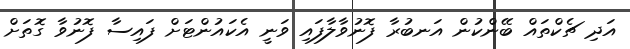
އަދި ޗެކްތައް ބޭންކުން އަނބުރާ ފޮނުވާލާފައި ވަނީ އެކައުންޓަށް ފައިސާ ފޮނުވާ ގޮތަށް